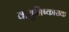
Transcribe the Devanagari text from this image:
वायुनिष्कासक